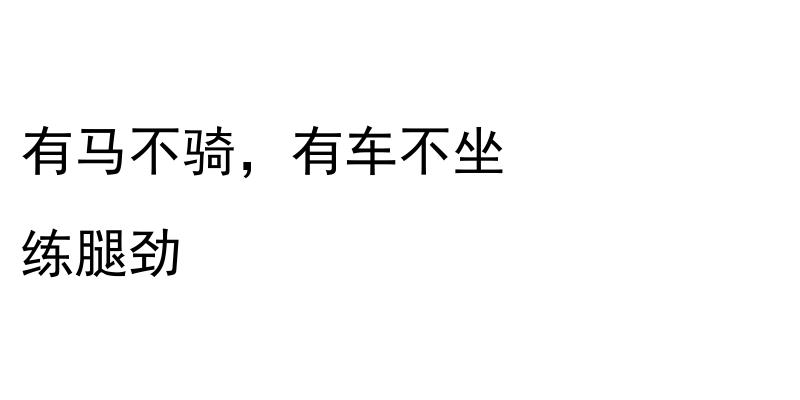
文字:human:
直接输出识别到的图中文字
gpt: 有马不骑，有车不坐 练腿劲